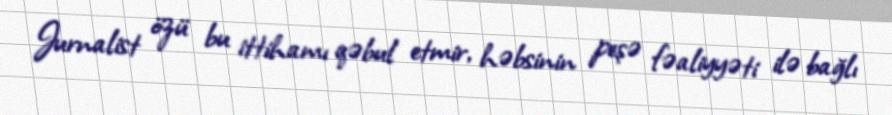
Jurnalist özü bu ittihamı qəbul etmir, həbsinin peşə fəaliyyəti ilə bağlı